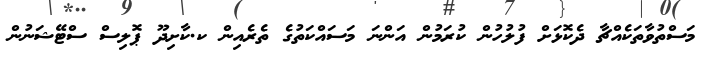
މަސްތުވާތަކެއްޗާ ދެކޮޅަށް ފުލުހުން ކުރަމުން އަންނަ މަސައްކަތުގެ ތެރެއިން ކ.ކާށިދޫ ޕޮލިސް ސްޓޭޝަނުން